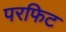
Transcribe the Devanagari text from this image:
परफिट